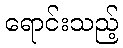
ရောင်းသည့်